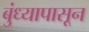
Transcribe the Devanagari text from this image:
बुंध्यापासून